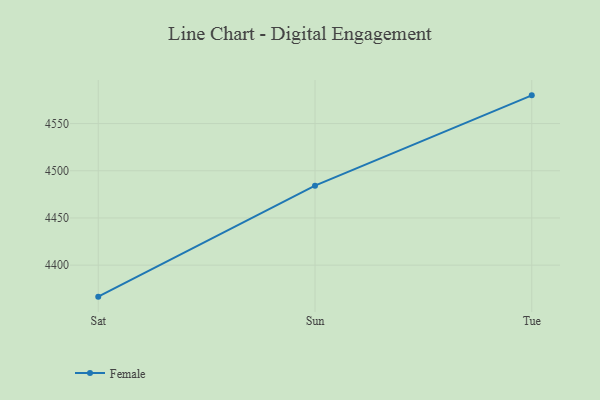
{"axis": {"x": "Day", "y": "Net Income (USD K)"}, "legend": ["Female"], "data": [{"x": "Sat", "y": 4366.6, "type": "Female"}, {"x": "Sun", "y": 4484.2, "type": "Female"}, {"x": "Tue", "y": 4579.9, "type": "Female"}]}